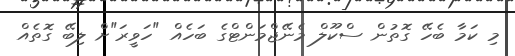
މި ކަމާ ބެހޭ ގޮތުން ސްކޫލް މެނޭޖްމަންޓްގެ ބަހެއް "ހަވީރަ"ށް ލިބޭ ގޮތެއް